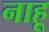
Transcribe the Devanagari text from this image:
नाहू